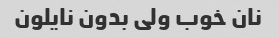
نان خوب ولی بدون نایلون